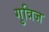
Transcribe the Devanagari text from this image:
गुत्रिज